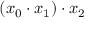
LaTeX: ( x _ { 0 } \cdot x _ { 1 } ) \cdot x _ { 2 }